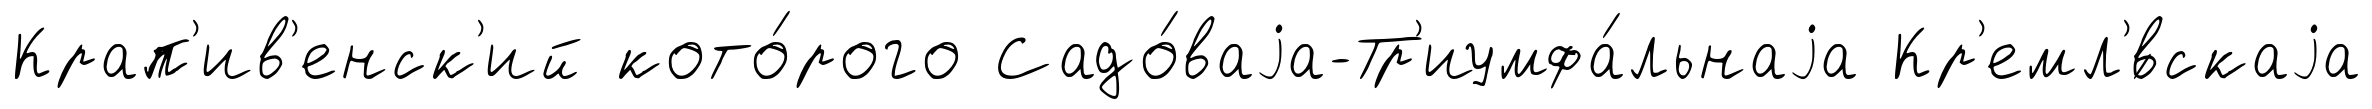
Крап'ив'енск'ий кото́рого Садо́ваjа-Тр'иумфа́льнаjа Кр'емл'́вскаjа